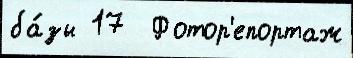
ба́зы 17  Фотор'епортаж